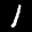
Label: 1